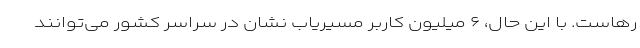
رهاست. با این حال، ۶ میلیون کاربر مسیریاب نشان در سراسر کشور می‌توانند